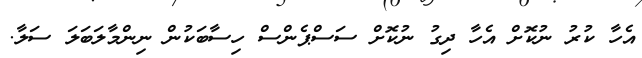
އެހާ ކުރު ނުކޮށް އެހާ ދިގު ނުކޮށް ސަސްޕެންސް ހިސާބަކުން ނިންމާލަބަލަ ސަލާ.